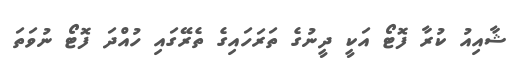
ޝާއިއު ކުރާ ފޮޓޯ އަކީ ދީނުގެ ތަރަހައިގެ ތެރޭގައި ހުއްދަ ފޮޓޯ ނުވަތަ